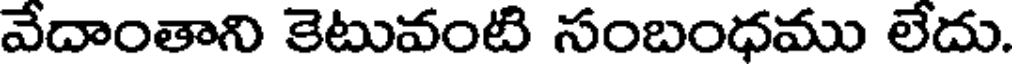
వేదాంతాని కెటువంటి సంబంధము లేదు.